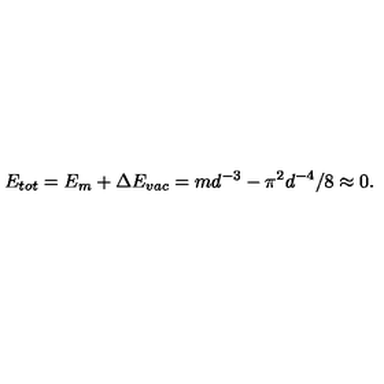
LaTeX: E _ { t o t } = E _ { m } + \Delta E _ { v a c } = m d ^ { - 3 } - \pi ^ { 2 } d ^ { - 4 } / 8 \approx 0 .